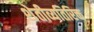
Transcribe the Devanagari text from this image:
शेतीव्यतिरिक्त